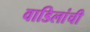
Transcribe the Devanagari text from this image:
वाडिलांची